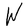
Character: W